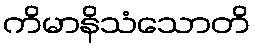
ကိမာနိသံသောတိ